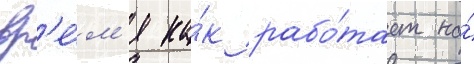
вр'е́м'я ка́к рабо́тает на́